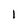
Character: 1